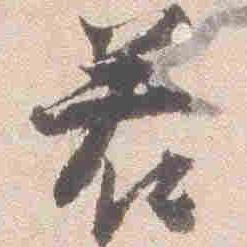
若